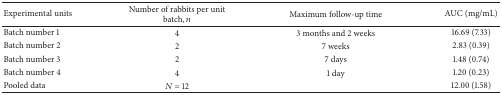
| Experimental units | Number of rabbits per unit batch, n | Maximum follow-up time | AUC (mg/mL) |
 | --- | --- | --- | --- |
 | Batch number 1 | 4 | 3 months and 2 weeks | 16.69 (7.33) |
 | Batch number 2 | 2 | 7 weeks | 2.83 (0.39) |
 | Batch number 3 | 2 | 7 days | 1.48 (0.74) |
 | Batch number 4 | 4 | 1 day | 1.20 (0.23) |
 | Pooled data | N = 12 |  | 12.00 (1.58) |